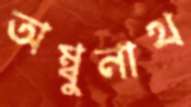
অম্বুনাথ